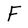
Character: F